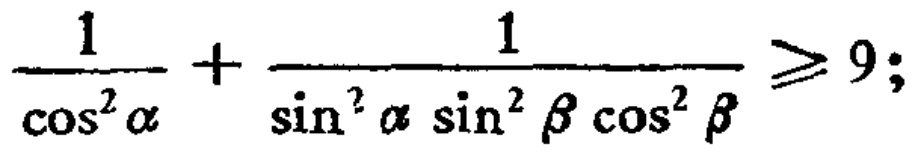
$\frac{1}{\cos ^{2}\alpha}+\frac{1}{\sin ^{2}\alpha\sin ^{2}\beta\cos ^{2}\beta}\geqslant 9;$